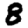
Digit: 8